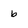
Character: b